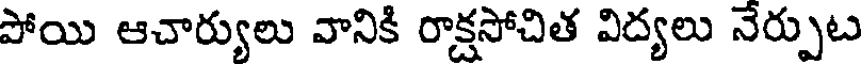
పోయి ఆచార్యులు వానికి రాక్షసోచిత విద్యలు నేర్పుట